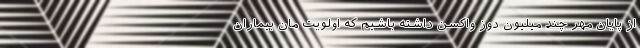
از پایان مهر چند میلیون دوز واکسن داشته باشیم که اولویت مان بیماران